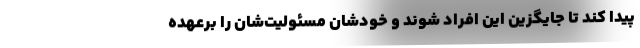
پیدا کند تا جایگزین این افراد شوند و خودشان مسئولیت‌شان را برعهده